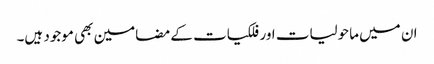
ان میں ماحولیات اور فلکیات کے مضامین بھی موجود ہیں۔